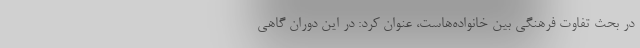
در بحث تفاوت فرهنگی بین خانواده‌هاست، عنوان کرد: در این دوران گاهی